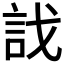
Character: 𧥾